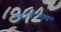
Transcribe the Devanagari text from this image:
एम॰बी॰एम॰